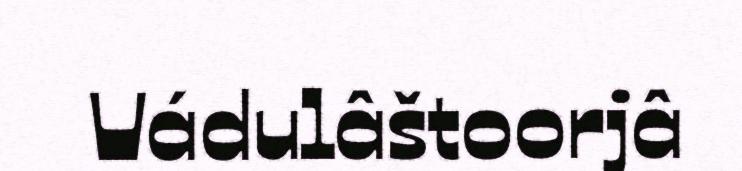
Vádulâštoorjâ